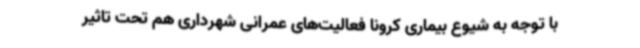
با توجه به شیوع بیماری کرونا فعالیت‌های عمرانی شهرداری هم تحت تاثیر